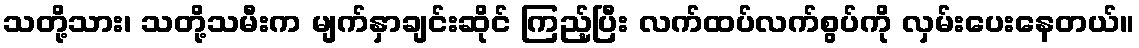
သတို့သား၊ သတို့သမီးက မျက်နှာချင်းဆိုင် ကြည့်ပြီး လက်ထပ်လက်စွပ်ကို လှမ်းပေးနေတယ်။